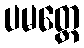
ပမတ္တေ